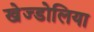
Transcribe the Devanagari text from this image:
खेज्डोलिया